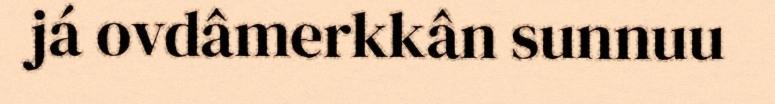
já ovdâmerkkân sunnuu